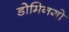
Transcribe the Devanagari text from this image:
डोमिनगो